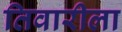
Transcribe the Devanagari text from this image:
तिवारीला